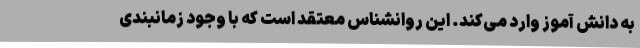
به دانش آموز وارد می‌کند. این روانشناس معتقد است که با وجود زمانبندی